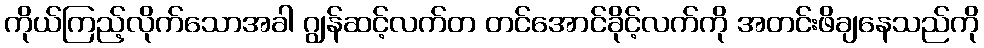
ကိုယ်ကြည့်လိုက်သောအခါ ဂျွန်ဆင့်လက်တ တင်အောင်ခိုင့်လက်ကို အတင်းဖိချနေသည်ကို